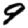
Digit: 9